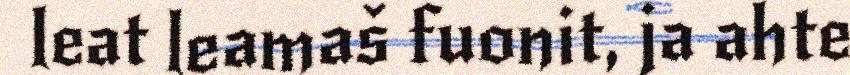
leat leamaš fuonit, ja ahte